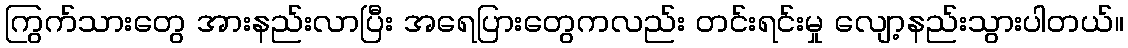
ကြွက်သားတွေ အားနည်းလာပြီး အရေပြားတွေကလည်း တင်းရင်းမှု လျော့နည်းသွားပါတယ်။